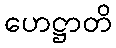
ဟေဋ္ဌာတိ